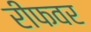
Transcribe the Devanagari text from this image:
रीफवर